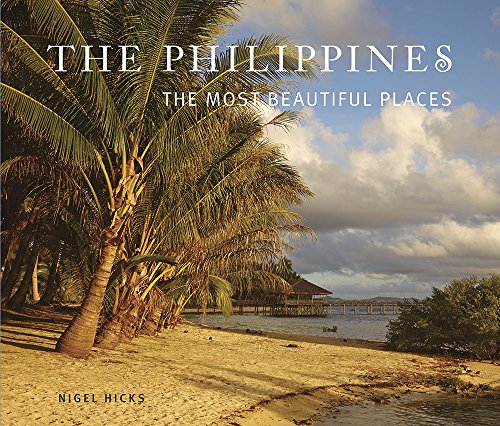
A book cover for The Philippines: The Most Beautiful Places; Nigel Hicks; Travel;